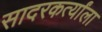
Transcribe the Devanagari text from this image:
सादरकर्त्यांला